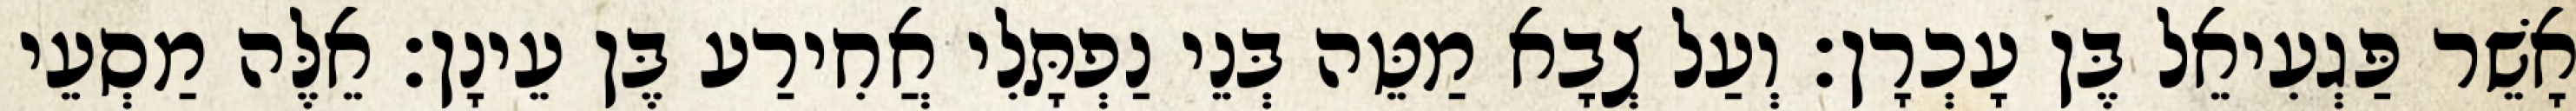
אָשֵׁר פַּגְעִיאֵל בֶּן עָכְרָן׃ וְעַל צְבָא מַטֵּה בְּנֵי נַפְתָּלִי אֲחִירַע בֶּן עֵינָן׃ אֵלֶּה מַסְעֵי